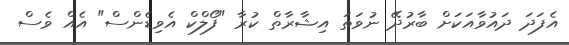
އެފަދަ ދައުވާއަކަށް ބާރުދޭ ނުވަތަ އިޝާރާތް ކުރާ "ފޯލްކް އެވިޑެންސް" އެއް ވެސް